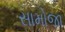
સામોજા